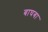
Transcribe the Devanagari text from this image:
बाघबा